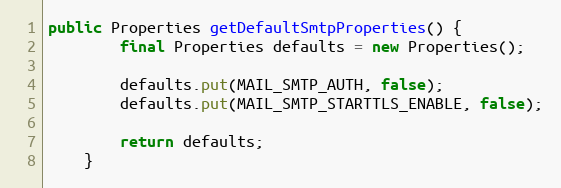
Language: Java
public Properties getDefaultSmtpProperties() {
        final Properties defaults = new Properties();

        defaults.put(MAIL_SMTP_AUTH, false);
        defaults.put(MAIL_SMTP_STARTTLS_ENABLE, false);

        return defaults;
    }